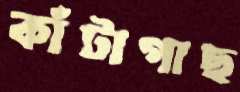
কাঁটাগাছ